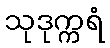
သုဒုက္ကရံ